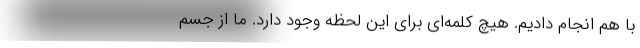
با هم انجام دادیم. هیچ کلمه‌ای برای این لحظه وجود دارد. ما از جسم